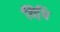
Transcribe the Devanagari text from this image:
विधि़